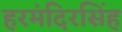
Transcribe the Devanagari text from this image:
हरमंदिरसिंह